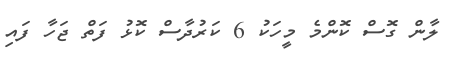
ލާން ގޮސް ކޮންމެ މީހަކު 6 ކަރުދާސް ކޮޅު ފަތް ޖަހާ ފައި